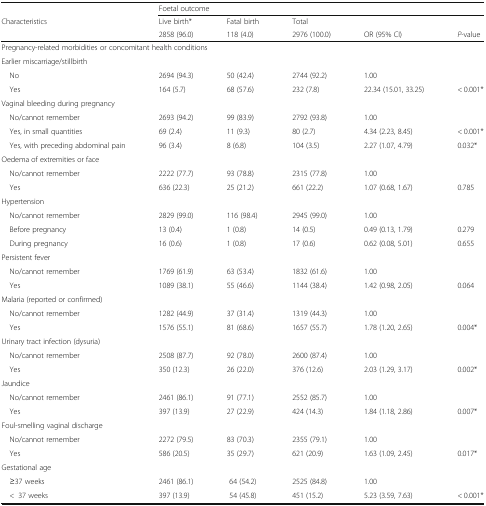
<table><thead><tr><td></td><td colspan="5"><b>Foetal outcome</b></td></tr><tr><td><b>Characteristics</b></td><td><b>Live birth*</b></td><td><b>Fatal birth</b></td><td><b>Total</b></td><td></td><td></td></tr><tr><td></td><td><b>2858 (96.0)</b></td><td><b>118 (4.0)</b></td><td><b>2976 (100.0)</b></td><td><b>OR (95% CI)</b></td><td><b><i>P</i>-value</b></td></tr></thead><tbody><tr><td colspan="6">Pregnancy-related morbidities or concomitant health conditions</td></tr><tr><td colspan="6">Earlier miscarriage/stillbirth</td></tr><tr><td> No</td><td>2694 (94.3)</td><td>50 (42.4)</td><td>2744 (92.2)</td><td colspan="2">1.00</td></tr><tr><td> Yes</td><td>164 (5.7)</td><td>68 (57.6)</td><td>232 (7.8)</td><td>22.34 (15.01, 33.25)</td><td>&lt; 0.001*</td></tr><tr><td colspan="6">Vaginal bleeding during pregnancy</td></tr><tr><td> No/cannot remember</td><td>2693 (94.2)</td><td>99 (83.9)</td><td>2792 (93.8)</td><td colspan="2">1.00</td></tr><tr><td> Yes, in small quantities</td><td>69 (2.4)</td><td>11 (9.3)</td><td>80 (2.7)</td><td>4.34 (2.23, 8.45)</td><td>&lt; 0.001*</td></tr><tr><td> Yes, with preceding abdominal pain</td><td>96 (3.4)</td><td>8 (6.8)</td><td>104 (3.5)</td><td>2.27 (1.07, 4.79)</td><td>0.032*</td></tr><tr><td colspan="6">Oedema of extremities or face</td></tr><tr><td> No/cannot remember</td><td>2222 (77.7)</td><td>93 (78.8)</td><td>2315 (77.8)</td><td colspan="2">1.00</td></tr><tr><td> Yes</td><td>636 (22.3)</td><td>25 (21.2)</td><td>661 (22.2)</td><td>1.07 (0.68, 1.67)</td><td>0.785</td></tr><tr><td colspan="6">Hypertension</td></tr><tr><td> No/cannot remember</td><td>2829 (99.0)</td><td>116 (98.4)</td><td>2945 (99.0)</td><td colspan="2">1.00</td></tr><tr><td> Before pregnancy</td><td>13 (0.4)</td><td>1 (0.8)</td><td>14 (0.5)</td><td>0.49 (0.13, 1.79)</td><td>0.279</td></tr><tr><td> During pregnancy</td><td>16 (0.6)</td><td>1 (0.8)</td><td>17 (0.6)</td><td>0.62 (0.08, 5.01)</td><td>0.655</td></tr><tr><td colspan="6">Persistent fever</td></tr><tr><td> No/cannot remember</td><td>1769 (61.9)</td><td>63 (53.4)</td><td>1832 (61.6)</td><td colspan="2">1.00</td></tr><tr><td> Yes</td><td>1089 (38.1)</td><td>55 (46.6)</td><td>1144 (38.4)</td><td>1.42 (0.98, 2.05)</td><td>0.064</td></tr><tr><td colspan="6">Malaria (reported or confirmed)</td></tr><tr><td> No/cannot remember</td><td>1282 (44.9)</td><td>37 (31.4)</td><td>1319 (44.3)</td><td colspan="2">1.00</td></tr><tr><td> Yes</td><td>1576 (55.1)</td><td>81 (68.6)</td><td>1657 (55.7)</td><td>1.78 (1.20, 2.65)</td><td>0.004*</td></tr><tr><td colspan="6">Urinary tract infection (dysuria)</td></tr><tr><td> No/cannot remember</td><td>2508 (87.7)</td><td>92 (78.0)</td><td>2600 (87.4)</td><td colspan="2">1.00</td></tr><tr><td> Yes</td><td>350 (12.3)</td><td>26 (22.0)</td><td>376 (12.6)</td><td>2.03 (1.29, 3.17)</td><td>0.002*</td></tr><tr><td colspan="6">Jaundice</td></tr><tr><td> No/cannot remember</td><td>2461 (86.1)</td><td>91 (77.1)</td><td>2552 (85.7)</td><td colspan="2">1.00</td></tr><tr><td> Yes</td><td>397 (13.9)</td><td>27 (22.9)</td><td>424 (14.3)</td><td>1.84 (1.18, 2.86)</td><td>0.007*</td></tr><tr><td colspan="6">Foul-smelling vaginal discharge</td></tr><tr><td> No/cannot remember</td><td>2272 (79.5)</td><td>83 (70.3)</td><td>2355 (79.1)</td><td colspan="2">1.00</td></tr><tr><td> Yes</td><td>586 (20.5)</td><td>35 (29.7)</td><td>621 (20.9)</td><td>1.63 (1.09, 2.45)</td><td>0.017*</td></tr><tr><td colspan="6">Gestational age</td></tr><tr><td> ≥37 weeks</td><td>2461 (86.1)</td><td>64 (54.2)</td><td>2525 (84.8)</td><td colspan="2">1.00</td></tr><tr><td> &lt;37 weeks</td><td>397 (13.9)</td><td>54 (45.8)</td><td>451 (15.2)</td><td>5.23 (3.59, 7.63)</td><td>&lt; 0.001*</td></tr></tbody></table>